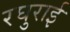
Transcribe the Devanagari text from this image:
रघुराई